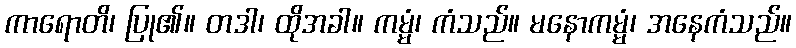
ကာရောတိ၊ ပြု၏။ တဒါ၊ ထိုအခါ။ ကမ္မံ၊ ကံသည်။ မနောကမ္မံ၊ အနေကံသည်။